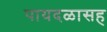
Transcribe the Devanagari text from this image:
पायदळासह